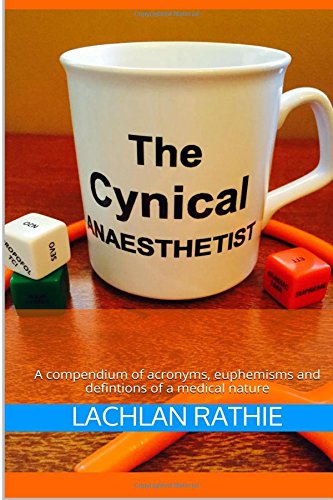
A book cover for The Cynical Anaesthetist: A compendium of acronyms, euphemisms and definitions of a medical nature; Dr Lachlan Michael Rathie; Humor & Entertainment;